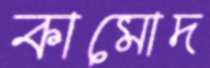
কামোদ